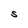
Character: S